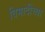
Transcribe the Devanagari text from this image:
विमादींच्या